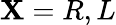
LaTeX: \mathbf{X}=R,L